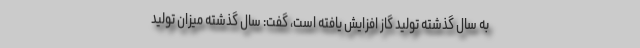
به سال گذشته تولید گاز افزایش یافته است، گفت: سال گذشته میزان تولید